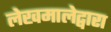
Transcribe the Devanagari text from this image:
लेखमालेद्वारा